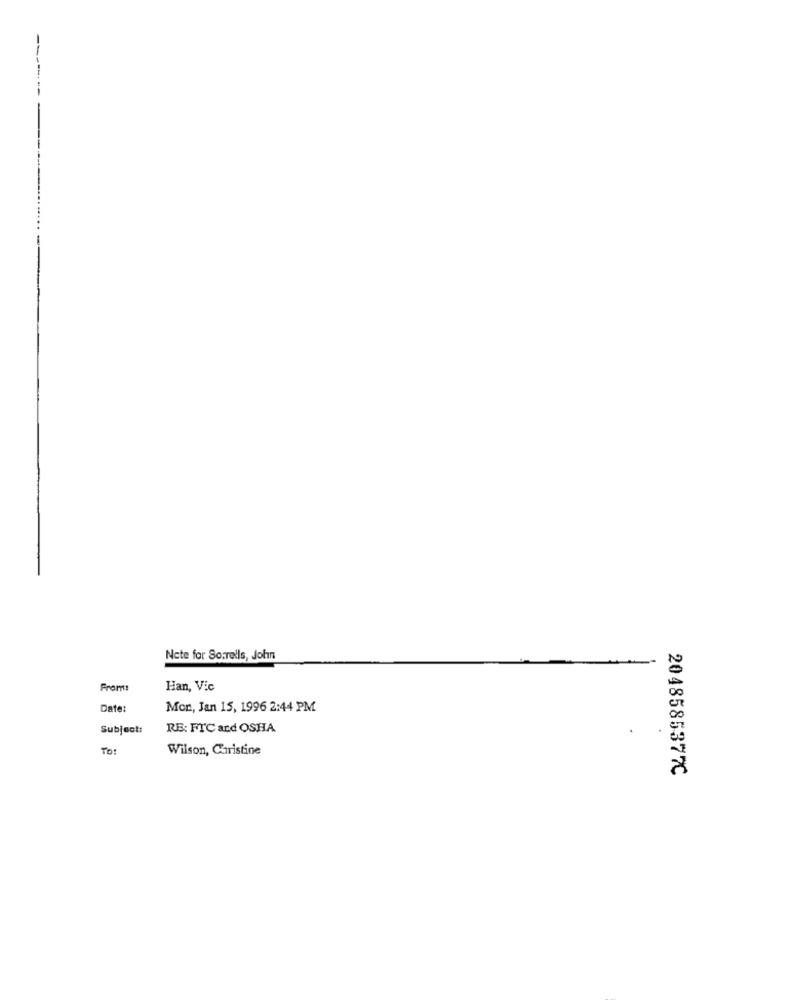
Nete for Sorrells, John
From:
Han, Vic
Date:
Mon, Jan 15, 1996 2:44 PM
Subject:
RE: FTC ard OSHA
TO :
Wilson, Christine
2048585377C